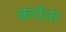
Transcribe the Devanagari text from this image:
कर्चना